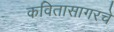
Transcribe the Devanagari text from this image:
कवितासागरचे